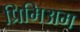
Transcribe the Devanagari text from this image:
प्रिमिअम